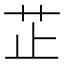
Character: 芷